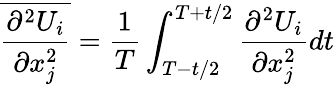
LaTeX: \overline{{\frac{\partial^{2}U_{i}}{\partial x_{j}^{2}}}}={\frac{1}{T}}\int_{T-t/2}^{T+t/2}{\frac{\partial^{2}U_{i}}{\partial x_{j}^{2}}}dt